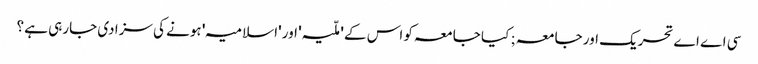
سی اے اے تحریک اور جامعہ ; کیا جامعہ کو اس کے 'ملّیہ' اور 'اسلامیہ' ہونے کی سزا دی جارہی ہے ؟